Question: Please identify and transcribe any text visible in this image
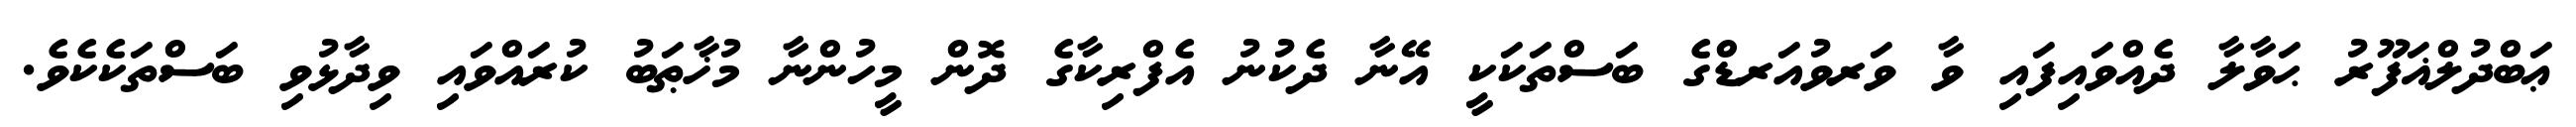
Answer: ޢަބްދުލްޣަފޫރު ޙަވާލާ ދެއްވައިފައި ވާ ވަރވުއަރޑްގެ ބަސްތަކަކީ އޭނާ ދެކުނު އެފްރިކާގެ ދޮން މީހުންނާ މުޚާޠަބު ކުރައްވައި ވިދާޅުވި ބަސްތަކެކެވެ.